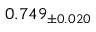
0 . 7 4 9 _ { \pm 0 . 0 2 0 }